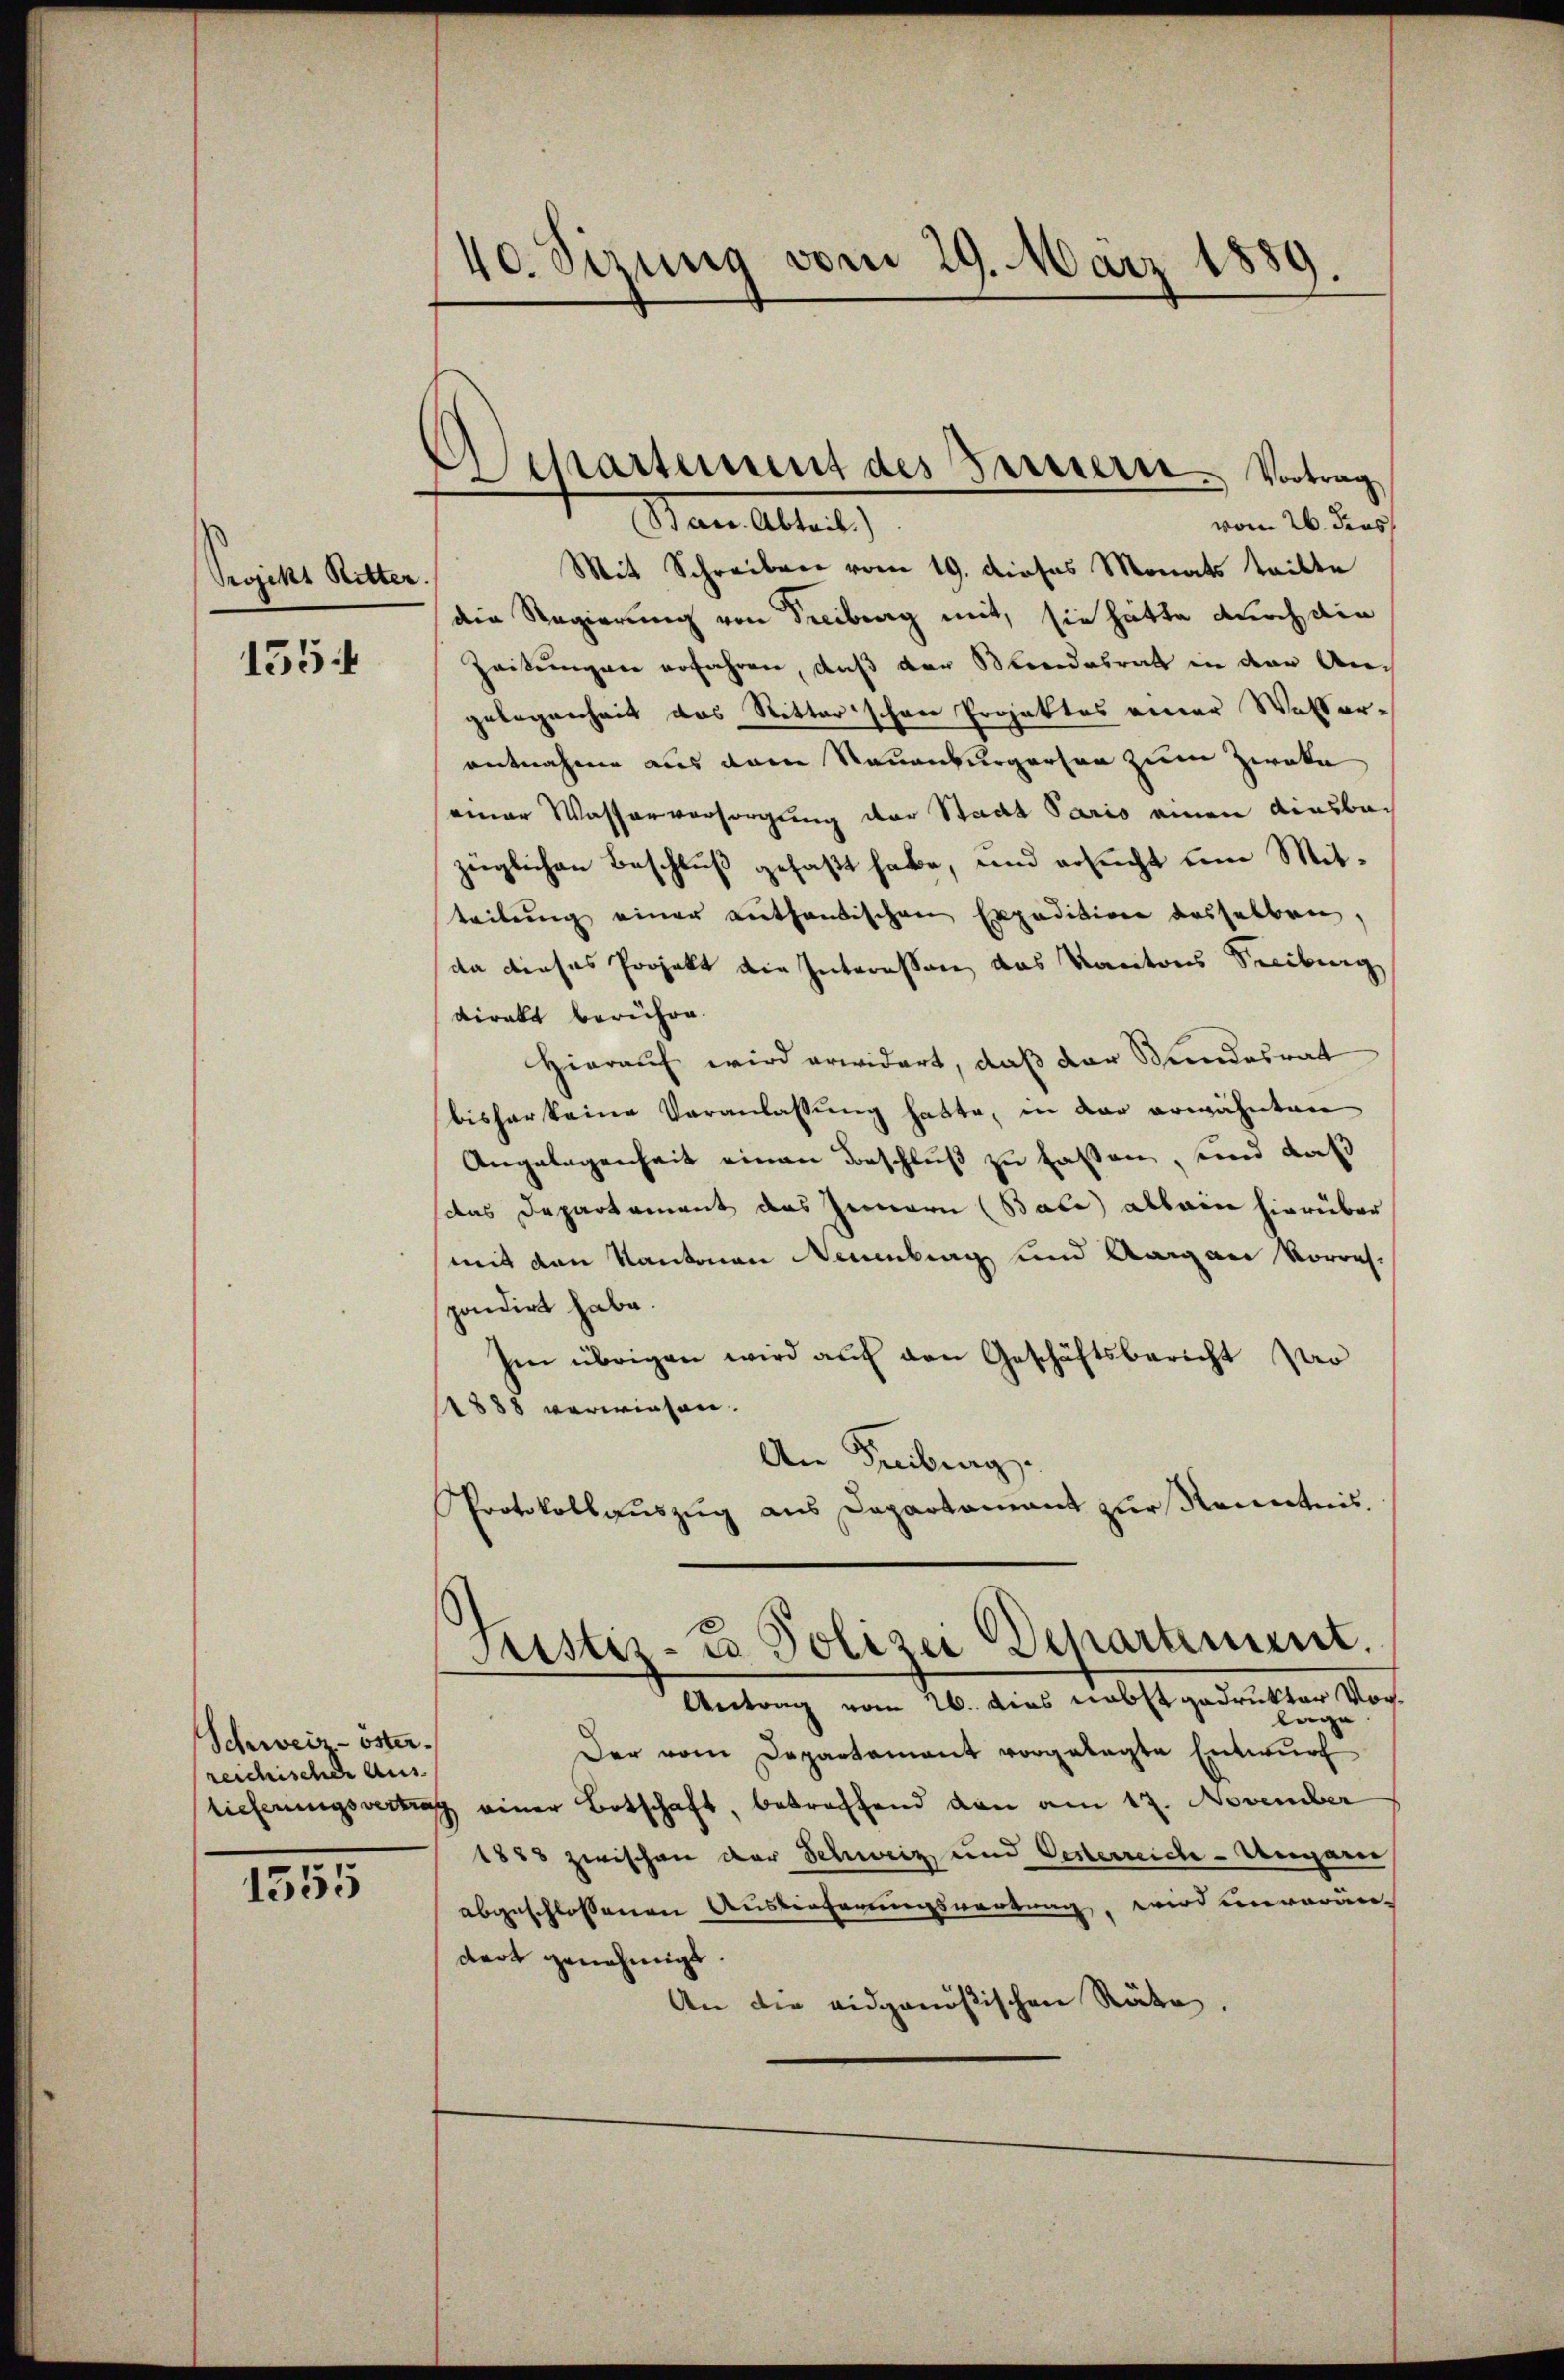
Projekt Ritter.

155

Schweiz - öster.
reichischer Aus- |
lieferungsvertraf

1355

40. Sizung vom 29. März 1889.

Sckartement des Fertierte Vortrag
San Alter
vom 26. dies

Mit Schreiben vom 19. dieses Monats teilte
die Regierung von Freiburg mit, sie hätte durch die
Zeitungen erfahren, daß der Beredesrath in der Angelegenheit das Ritter schöne Projektes einer Walter-
entnahme aus dem Neuenburgerson zum Zweke
einer Wasserversorgung der Stadt Pario einen diesba
züglichen Beschluß gefaßt habe, und ersucht um Mitteilung einer enthantischen Expedition desselben,
da dieses Projekt die Interessen das Kantons Seeiburg
direkt berühre.
Hierauf wird erwidert, daß der Bundesrat
bisher keine Veranlassŭng hatte, in der erwähnten
Angelegenheit einen Beschluß zu fassen, und daß
(das Departement das Zimmern (Bace allein hierüber
mit den Kantonen Neuenburg und Aargau Vorres-
pondirt habe.
hen übrigen wird auf den Geschäftsbericht Pro
1888 verwiesen.
An Freiburg.
Protokollauszug aus Departamant zur Kenntnis.

Justiz- u Polizei Departiment.
Antrag vom 26. dies nebst gedrukter Vorlage

Der vom Departament vorgelegte Entwŭrf
1 einer Botschaft, betreffend von am 17. November
1883 zwischen der Schweiz und Oesterreiche - Ungarin
abgeschlossenen Auslieferungswertung, wird unvoran-
dert genehmigt
An die eidgenößischen Räte.